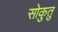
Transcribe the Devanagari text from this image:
सोकुतु